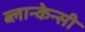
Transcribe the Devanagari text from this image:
ब्लान्केन्सी